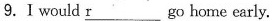
9.Ⅰwould \underline{r}go home early.